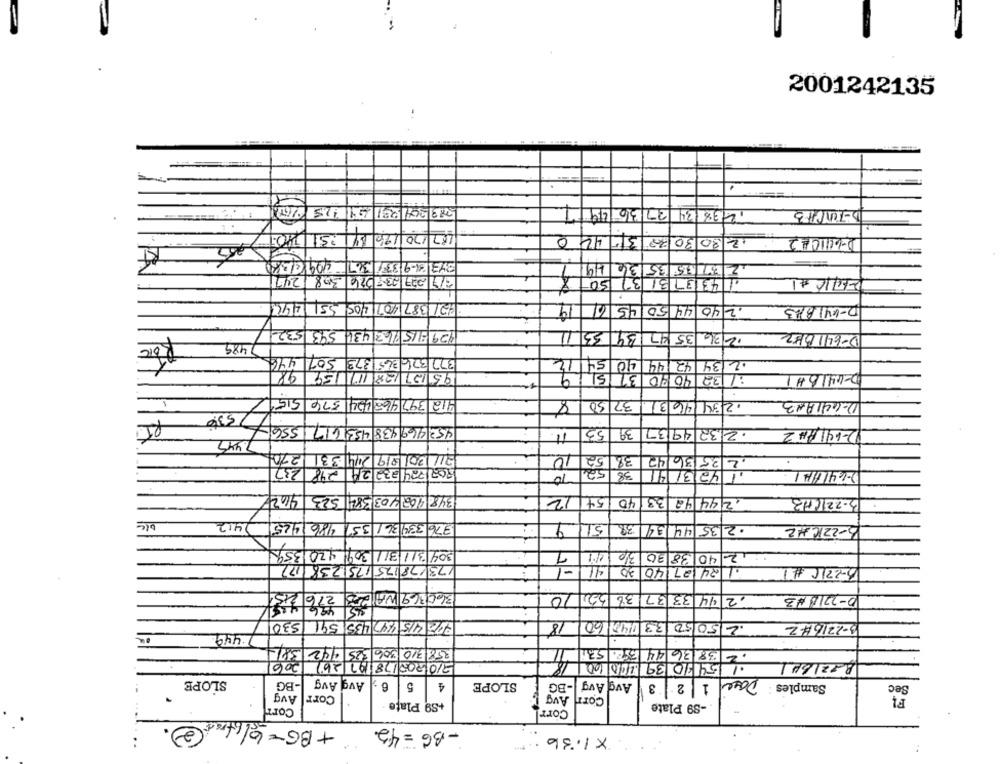
2001242135
2.3 38 831 441 - 25 9767
238 34 2730 69
117 170 196 84 251 790.7
0
44
317
30 30 72
2-611022
RF
373 81-9337 367 404161380
49
37 415 35 3
17 227 23.7 076 308 /2011
50
3
1431
9:21 387 407 405 351 445
19
2404450456
D-441813
729 815 7162 434 543 532-
11
34 33
36 35 47
D-6410152
1489
446
507
377 326 365 1373 5071 446
54/12
12 34 42 44
98
159
: 32 40 80 37 5119
9512112811
D-441BHI
412 397 462 424 576 5151
8
37 50
·23414613
D-441AN3
2330
RT
453 469 938 453 617 556-
53
· 232 49137 39
D-641 AH2
7.449
10
38 52
2 35 36142
203/2241232 24 298 237
10
52
38
423141
348 402 403 384 523 4102
54/12
40
.244 42 33
3-2216MB
1412
48614251
376 334 36/ 35
51
39.
·235 44 134
304 31/31/ 309 420 359
310
40 38 30
17
173178175175238 172
41
.1 24 27/40 30
3-221C #1
27612131
360369 WA23
,2 44 33 37 38 32 10
D-2318 #3
5301
18
.2
.2 50 50 33 14260
3-22164-2
449
358 310 306 325 442 381-
12061
.15430 139 0610
B121641
Avg Avg
Date
SLOPE
-BG
6
5
4
SLOPE
BG
Avg Avg
12 3
Samples
Sec
Avg
Corr
Avg
+S9 Plate
Corr Avg
-S9 Plate
Corr
Corr
2.
+BG=10/6 tract
-BG=42
x 1:36
..
..